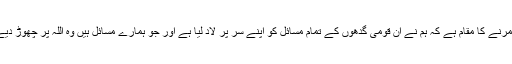
ڈوب مرنے کا مقام ہے کہ ہم نے ان قومی گدھوں کے تمام مسائل کو اپنے سر پر لاد لیا ہے اور جو ہمارے مسائل ہیں وہ اللہ پر چھوڑ دیے ہیں۔